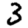
Digit: 3